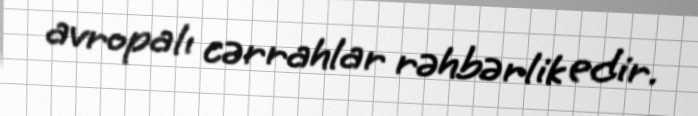
avropalı cərrahlar rəhbərlik edir.